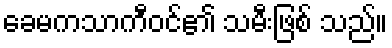
ခေမကသာကီဝင်၏ သမီးဖြစ် သည်။